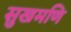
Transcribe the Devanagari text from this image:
सुखमणि